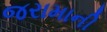
જરામાની